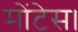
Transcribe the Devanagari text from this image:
मोंटेस।